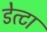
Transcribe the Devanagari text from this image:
डेत्टा